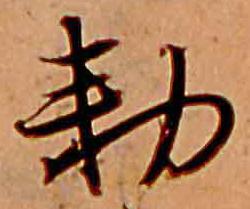
勅